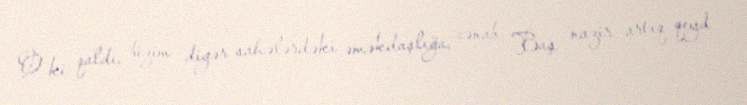
O ki qaldı, bizim digər sahələrdəki əməkdaşlığa, cənab Baş nazir artıq qeyd